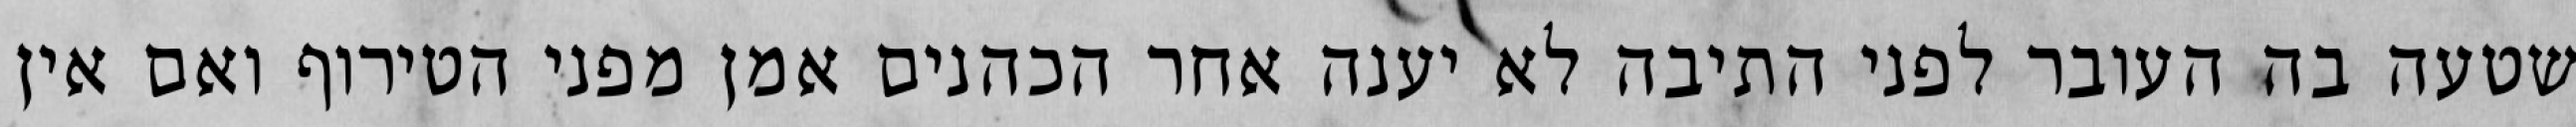
שטעה בה העובר לפני התיבה לא יענה אחר הכהנים אמן מפני הטירוף ואם אין